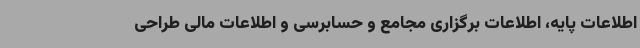
اطلاعات پایه، اطلاعات برگزاری مجامع و حسابرسی و اطلاعات مالی طراحی